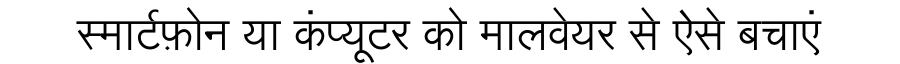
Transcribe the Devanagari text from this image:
स्मार्टफ़ोन या कंप्यूटर को मालवेयर से ऐसे बचाएं